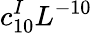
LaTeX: c_{10}^{I}{L^{-10}}